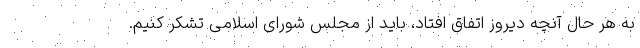
به هر حال آنچه دیروز اتفاق افتاد، باید از مجلس شورای اسلامی تشکر کنیم.